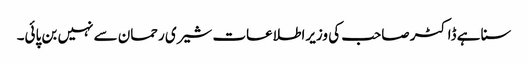
سنا ہے ڈاکٹر صاحب کی وزیراطلاعات شیری رحمان سے نہیں بن پائی۔